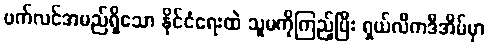
ဗက်လင်အမည်ရှိသော နိုင်ငံရေးထဲ သူမကိုကြည့်ပြီး ရှယ်လီကဒီအိမ်မှာ